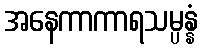
အနေကာကာရသမ္ပန္နံ